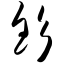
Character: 钐